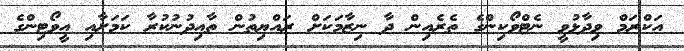
އަކްރަމް ވިދާޅުވީ ނެޓްވޯކިންގެ ތެރެއިން ދާ ނިޒާމަކަށް ރައްޔިތުން ތާއިދުނުކުރާ ކަމަށާއި އީވޯޓިންގެ